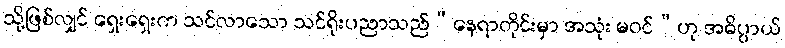
သို့ဖြစ်လျှင် ရှေးရှေးက သင်လာသော သင်ရိုးပညာသည်“နေရာတိုင်းမှာ အသုံး မဝင်”ဟု အဓိပ္ပာယ်